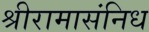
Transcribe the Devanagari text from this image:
श्रीरामासंनिध